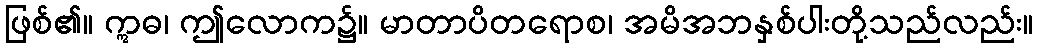
ဖြစ်၏။ ဣဓ၊ ဤလောက၌။ မာတာပိတရောစ၊ အမိအဘနှစ်ပါးတို့သည်လည်း။